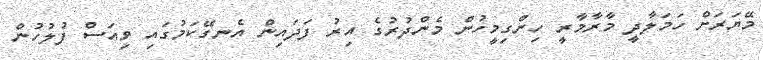
މޭޔަރަށް ހަމަލާދީ މާރާމާރީ ހިންގިމީހުން މެންދުރުގެ އިރު ފަދައިން އެނގޭކަމުގައި ވިއަސް ފުލުހުން